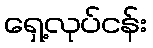
ရှေ့လုပ်ငန်း